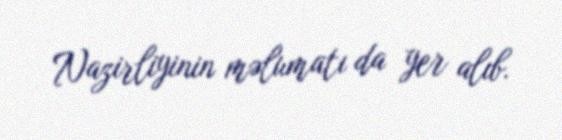
Nazirliyinin məlumatı da yer alıb.